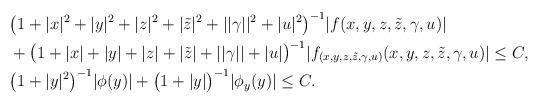
LaTeX: \begin{align*}\begin{aligned}&\big(1+|x|^2+|y|^2+|z|^2+|\tilde{z}|^2+||\gamma||^2+|u|^2\big)^{-1}|f(x,y,z,\tilde{z},\gamma,u)|\\&+\big(1+|x|+|y|+|z|+|\tilde{z}|+||\gamma||+|u|\big)^{-1}|f_{(x,y,z,\tilde{z},\gamma,u)}(x,y,z,\tilde{z},\gamma,u)|\leq C,\\&\big(1+|y|^2\big)^{-1}|\phi(y)|+\big(1+|y|\big)^{-1}|\phi_y(y)|\leq C.\end{aligned}\end{align*}